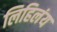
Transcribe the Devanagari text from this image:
लिहिलंय